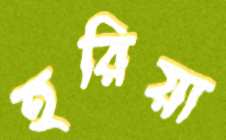
হরিয়া